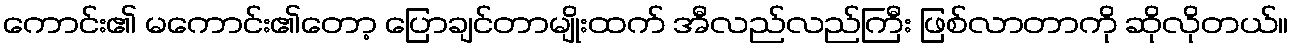
ကောင်း၏ မကောင်း၏တော့ ပြောချင်တာမျိုးထက် အီလည်လည်ကြီး ဖြစ်လာတာကို ဆိုလိုတယ်။